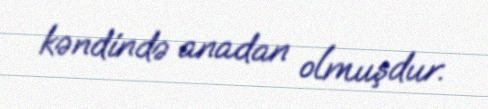
kəndində anadan olmuşdur.